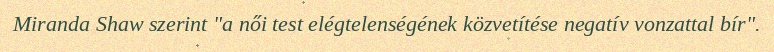
Miranda Shaw szerint "a női test elégtelenségének közvetítése negatív vonzattal bír".